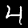
Label: 4